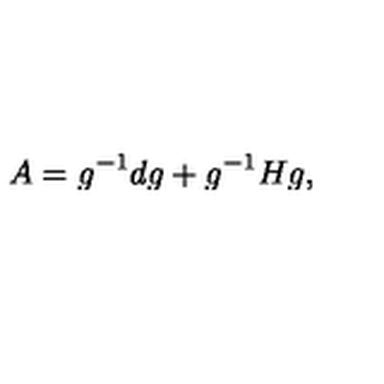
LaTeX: A = g ^ { - 1 } d g + g ^ { - 1 } H g ,